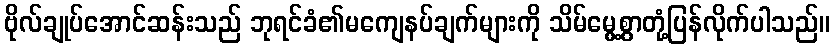
ဗိုလ်ချုပ်အောင်ဆန်းသည် ဘုရင်ခံ၏မကျေနပ်ချက်များကို သိမ်မွေ့စွာတုံ့ပြန်လိုက်ပါသည်။